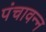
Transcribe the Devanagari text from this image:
पंचावन्‍न